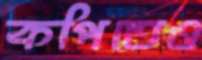
কপিতেও